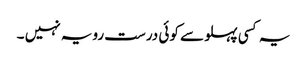
یہ کسی پہلو سے کوئی درست رویہ نہیں ۔